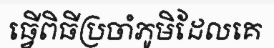
ធ្វើពិធីប្រចាំភូមិដែលគេ